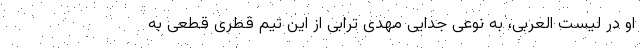
او در لیست العربی، به نوعی جدایی مهدی ترابی از این تیم قطری قطعی به